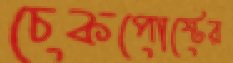
চেকপোস্টের